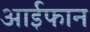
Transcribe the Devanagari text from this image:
आईफान